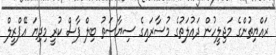
ރައްޔިތުންގެ މަޖިލީހުން ދައުލަތުގެ މުސާރައިގެ ސިޔާސަތު ބިލް ފާސް ކުރީ މިދިޔަ އޭޕްރީލް